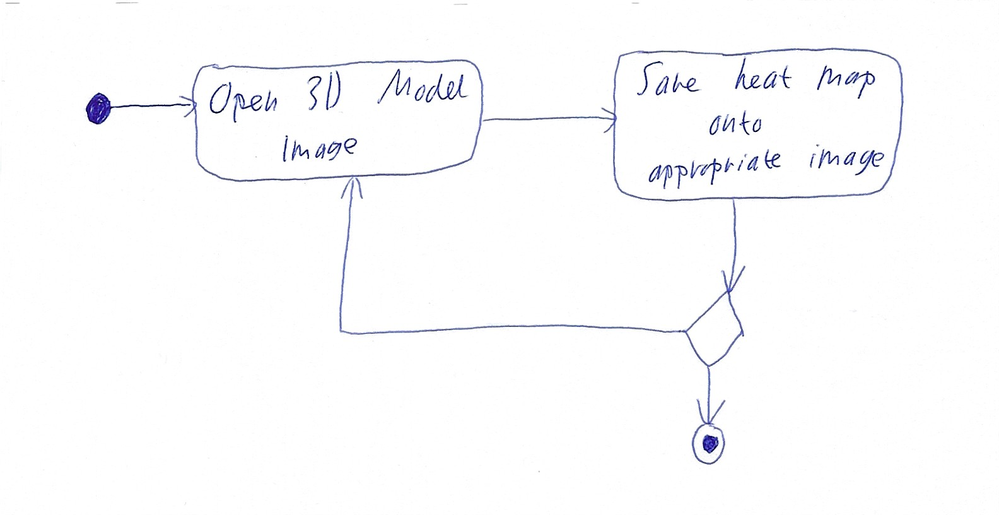
Diagram type: activity_diagram
```plantuml
@startuml

start

repeat:Open 3D Model Image;
:Save heat map onto appropriate image;
repeat while

stop

@enduml
```